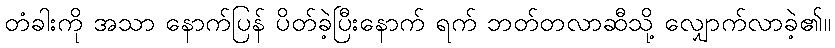
တံခါးကို အသာ နောက်ပြန် ပိတ်ခဲ့ပြီးနောက် ရက် ဘတ်တလာဆီသို့ လျှောက်လာခဲ့၏။